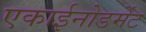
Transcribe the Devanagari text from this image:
एकाईनोडर्मेट